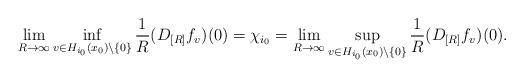
LaTeX: \begin{align*}\lim_{R\to\infty} \inf_{v\in H_{i_0}(x_0)\setminus \{0\}}{1\over R} (D_{[R]} f_v)(0) = \chi_{i_0}= \lim_{R\to\infty} \sup_{v\in H_{i_0}(x_0)\setminus \{0\}}{1\over R} (D_{[R]} f_v)(0) . \end{align*}